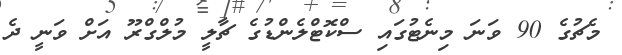
މެޗުގެ 90 ވަނަ މިނެޓުގައި ސްކޮޓްލެންޑުގެ ޗާލީ މުލްގްރޫ އަށް ވަނީ ދެ